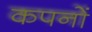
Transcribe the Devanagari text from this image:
कपनों